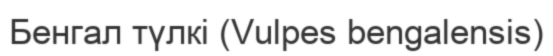
Бенгал түлкі (Vulpes bengalensis)